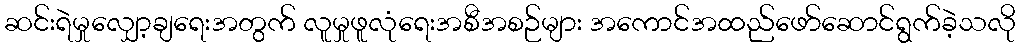
ဆင်းရဲမှုလျှော့ချရေးအတွက် လူမှုဖူလုံရေးအစီအစဉ်များ အကောင်အထည်ဖော်ဆောင်ရွက်ခဲ့သလို